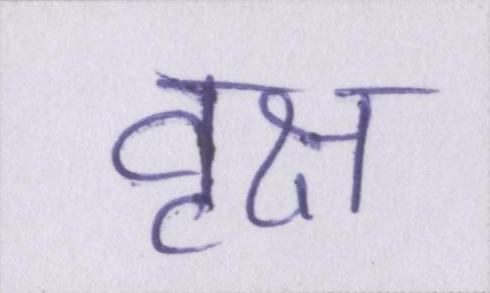
वृक्ष